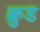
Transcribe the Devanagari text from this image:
क्रुड